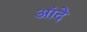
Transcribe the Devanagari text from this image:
आंदे